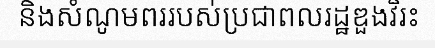
និងសំណូមពររបស់ប្រជាពលរដ្ឋឌួងវិរះ